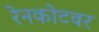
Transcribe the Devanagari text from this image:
रेनकोटवर